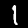
Digit: 1